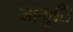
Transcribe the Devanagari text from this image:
जागृति